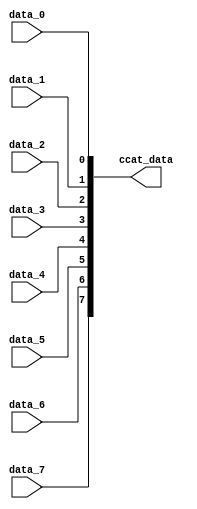
module util_ccat (

  data_0,
  data_1,
  data_2,
  data_3,
  data_4,
  data_5,
  data_6,
  data_7,

  ccat_data);

  // parameters

  parameter   CH_DW     = 1;
  parameter   CH_CNT    = 8;
  localparam  CH_MCNT   = 8;

  // interface

  input   [(CH_DW-1):0]             data_0;
  input   [(CH_DW-1):0]             data_1;
  input   [(CH_DW-1):0]             data_2;
  input   [(CH_DW-1):0]             data_3;
  input   [(CH_DW-1):0]             data_4;
  input   [(CH_DW-1):0]             data_5;
  input   [(CH_DW-1):0]             data_6;
  input   [(CH_DW-1):0]             data_7;
  output  [((CH_CNT*CH_DW)-1):0]    ccat_data;

  // internal signals

  wire    [((CH_MCNT*CH_DW)-1):0]   data_s;

  // concatenate

  assign data_s[((CH_DW*1)-1):(CH_DW*0)] = data_0;
  assign data_s[((CH_DW*2)-1):(CH_DW*1)] = data_1;
  assign data_s[((CH_DW*3)-1):(CH_DW*2)] = data_2;
  assign data_s[((CH_DW*4)-1):(CH_DW*3)] = data_3;
  assign data_s[((CH_DW*5)-1):(CH_DW*4)] = data_4;
  assign data_s[((CH_DW*6)-1):(CH_DW*5)] = data_5;
  assign data_s[((CH_DW*7)-1):(CH_DW*6)] = data_6;
  assign data_s[((CH_DW*8)-1):(CH_DW*7)] = data_7;

  assign ccat_data = data_s[((CH_CNT*CH_DW)-1):0];

endmodule